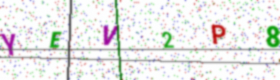
Text: YEV2P8